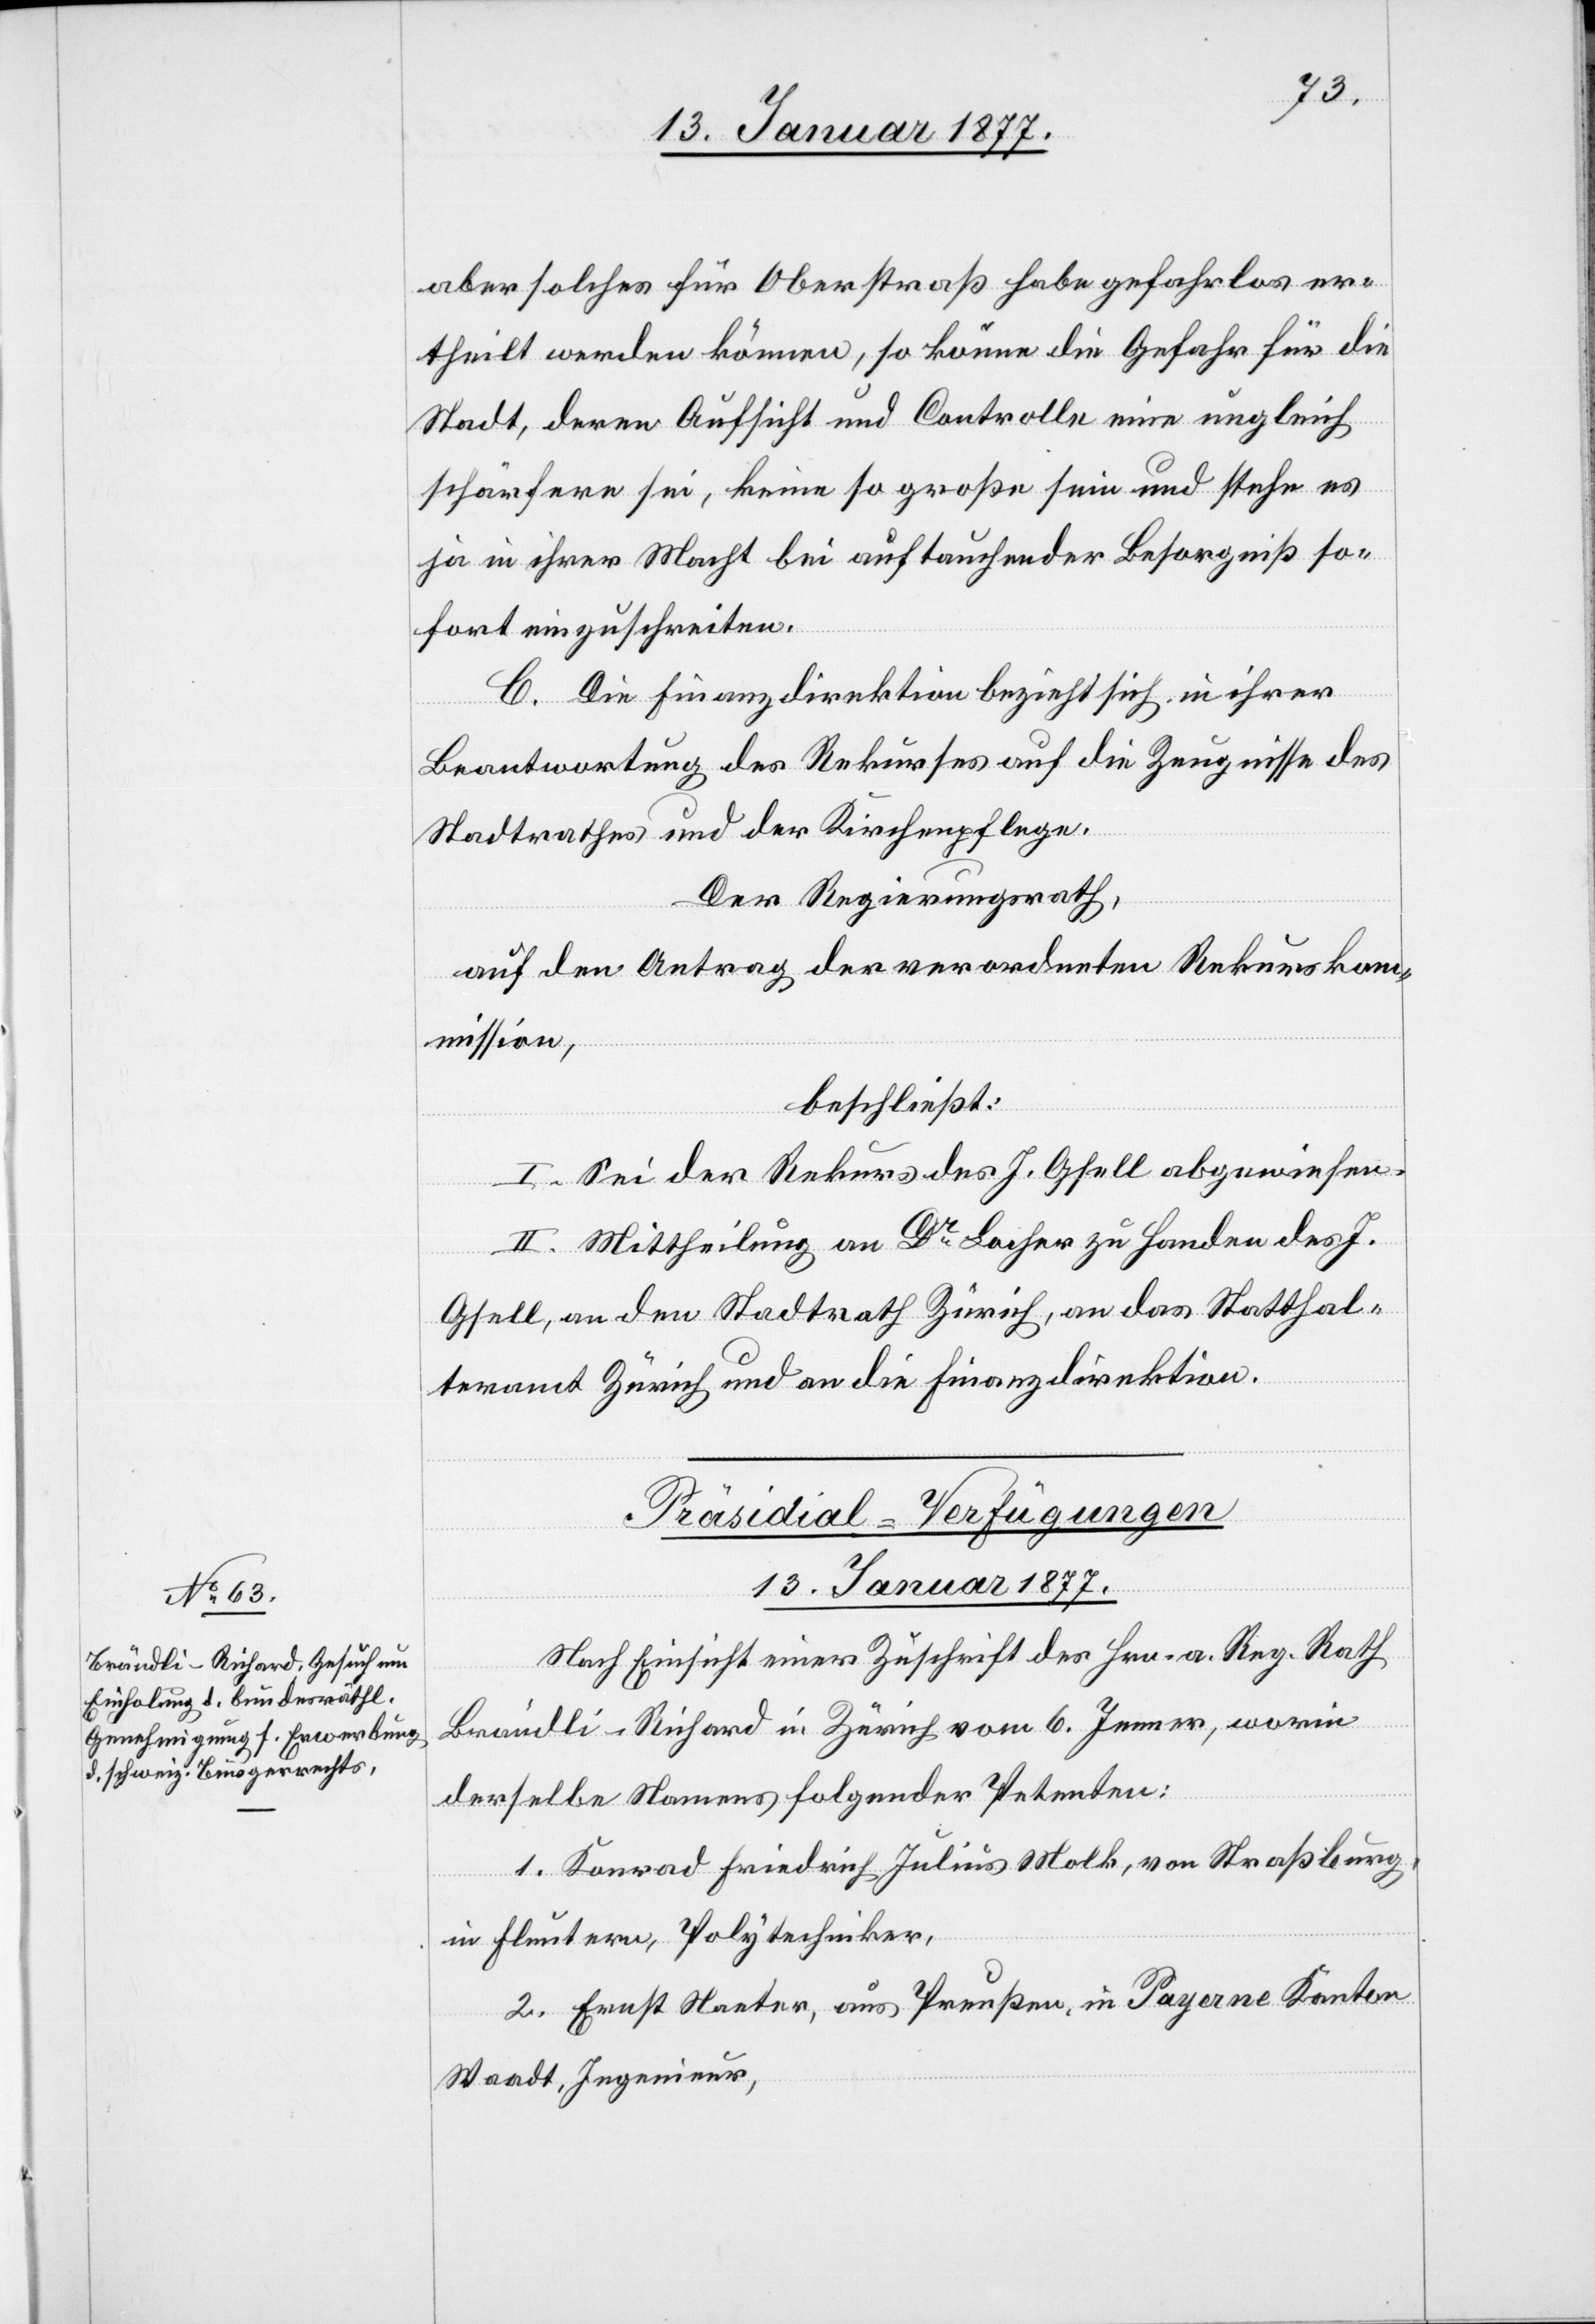
aber solches für Oberstraß habe gefahrlos er¬
theilt werden können, so könne die Gefahr für die
Stadt, deren Aufsicht und Controlle eine ungleich
schärfere sei, keine so große sein und stehe es
ja in ihrer Macht bei auftauchender Besorgniß so¬
fort einzuschreiten.
C. Die Finanzdirektion bezieht sich in ihrer
Beantwortung des Rekurses auf die Zeugnisse des
Stadtrathes und der Kirchenpflege.
Der Regierungsrath,
auf den Antrag der verordneten Rekursko¬
mmission,
beschließt:
I. Sei der Rekurs des J. Gsell abgewiesen.
II. Mittheilung an Dr Locher zu Handen des J.
Gsell, an den Stadtrath Zürich, an das Statthal¬
teramt Zürich und an die Finanzdirektion.
Präsidial-Verfügungen.
13. Januar 1877.
Nach Einsicht einer Zuschrift des Hrn. a. Reg. Rath
Brändli-Richard in Zürich vom 6. Januar, worin
derselbe Namens folgender Petenten:
1. Konrad Friedrich Julius Molk, von Straßburg,
in Fluntern, Polytechniker,
2. Ernst Nanter, aus Preußen, in Payerne Kanton
Waadt, Ingenieur,